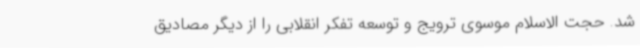
شد. حجت الاسلام موسوی ترویج و توسعه تفکر انقلابی را از دیگر مصادیق